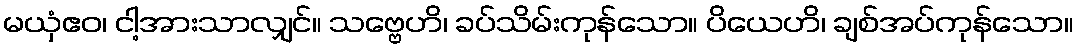
မယှံဧဝ၊ ငါ့အားသာလျှင်။ သဗ္ဗေဟိ၊ ခပ်သိမ်းကုန်သော။ ပိယေဟိ၊ ချစ်အပ်ကုန်သော။